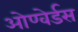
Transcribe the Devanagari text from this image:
ओण्वेर्डस